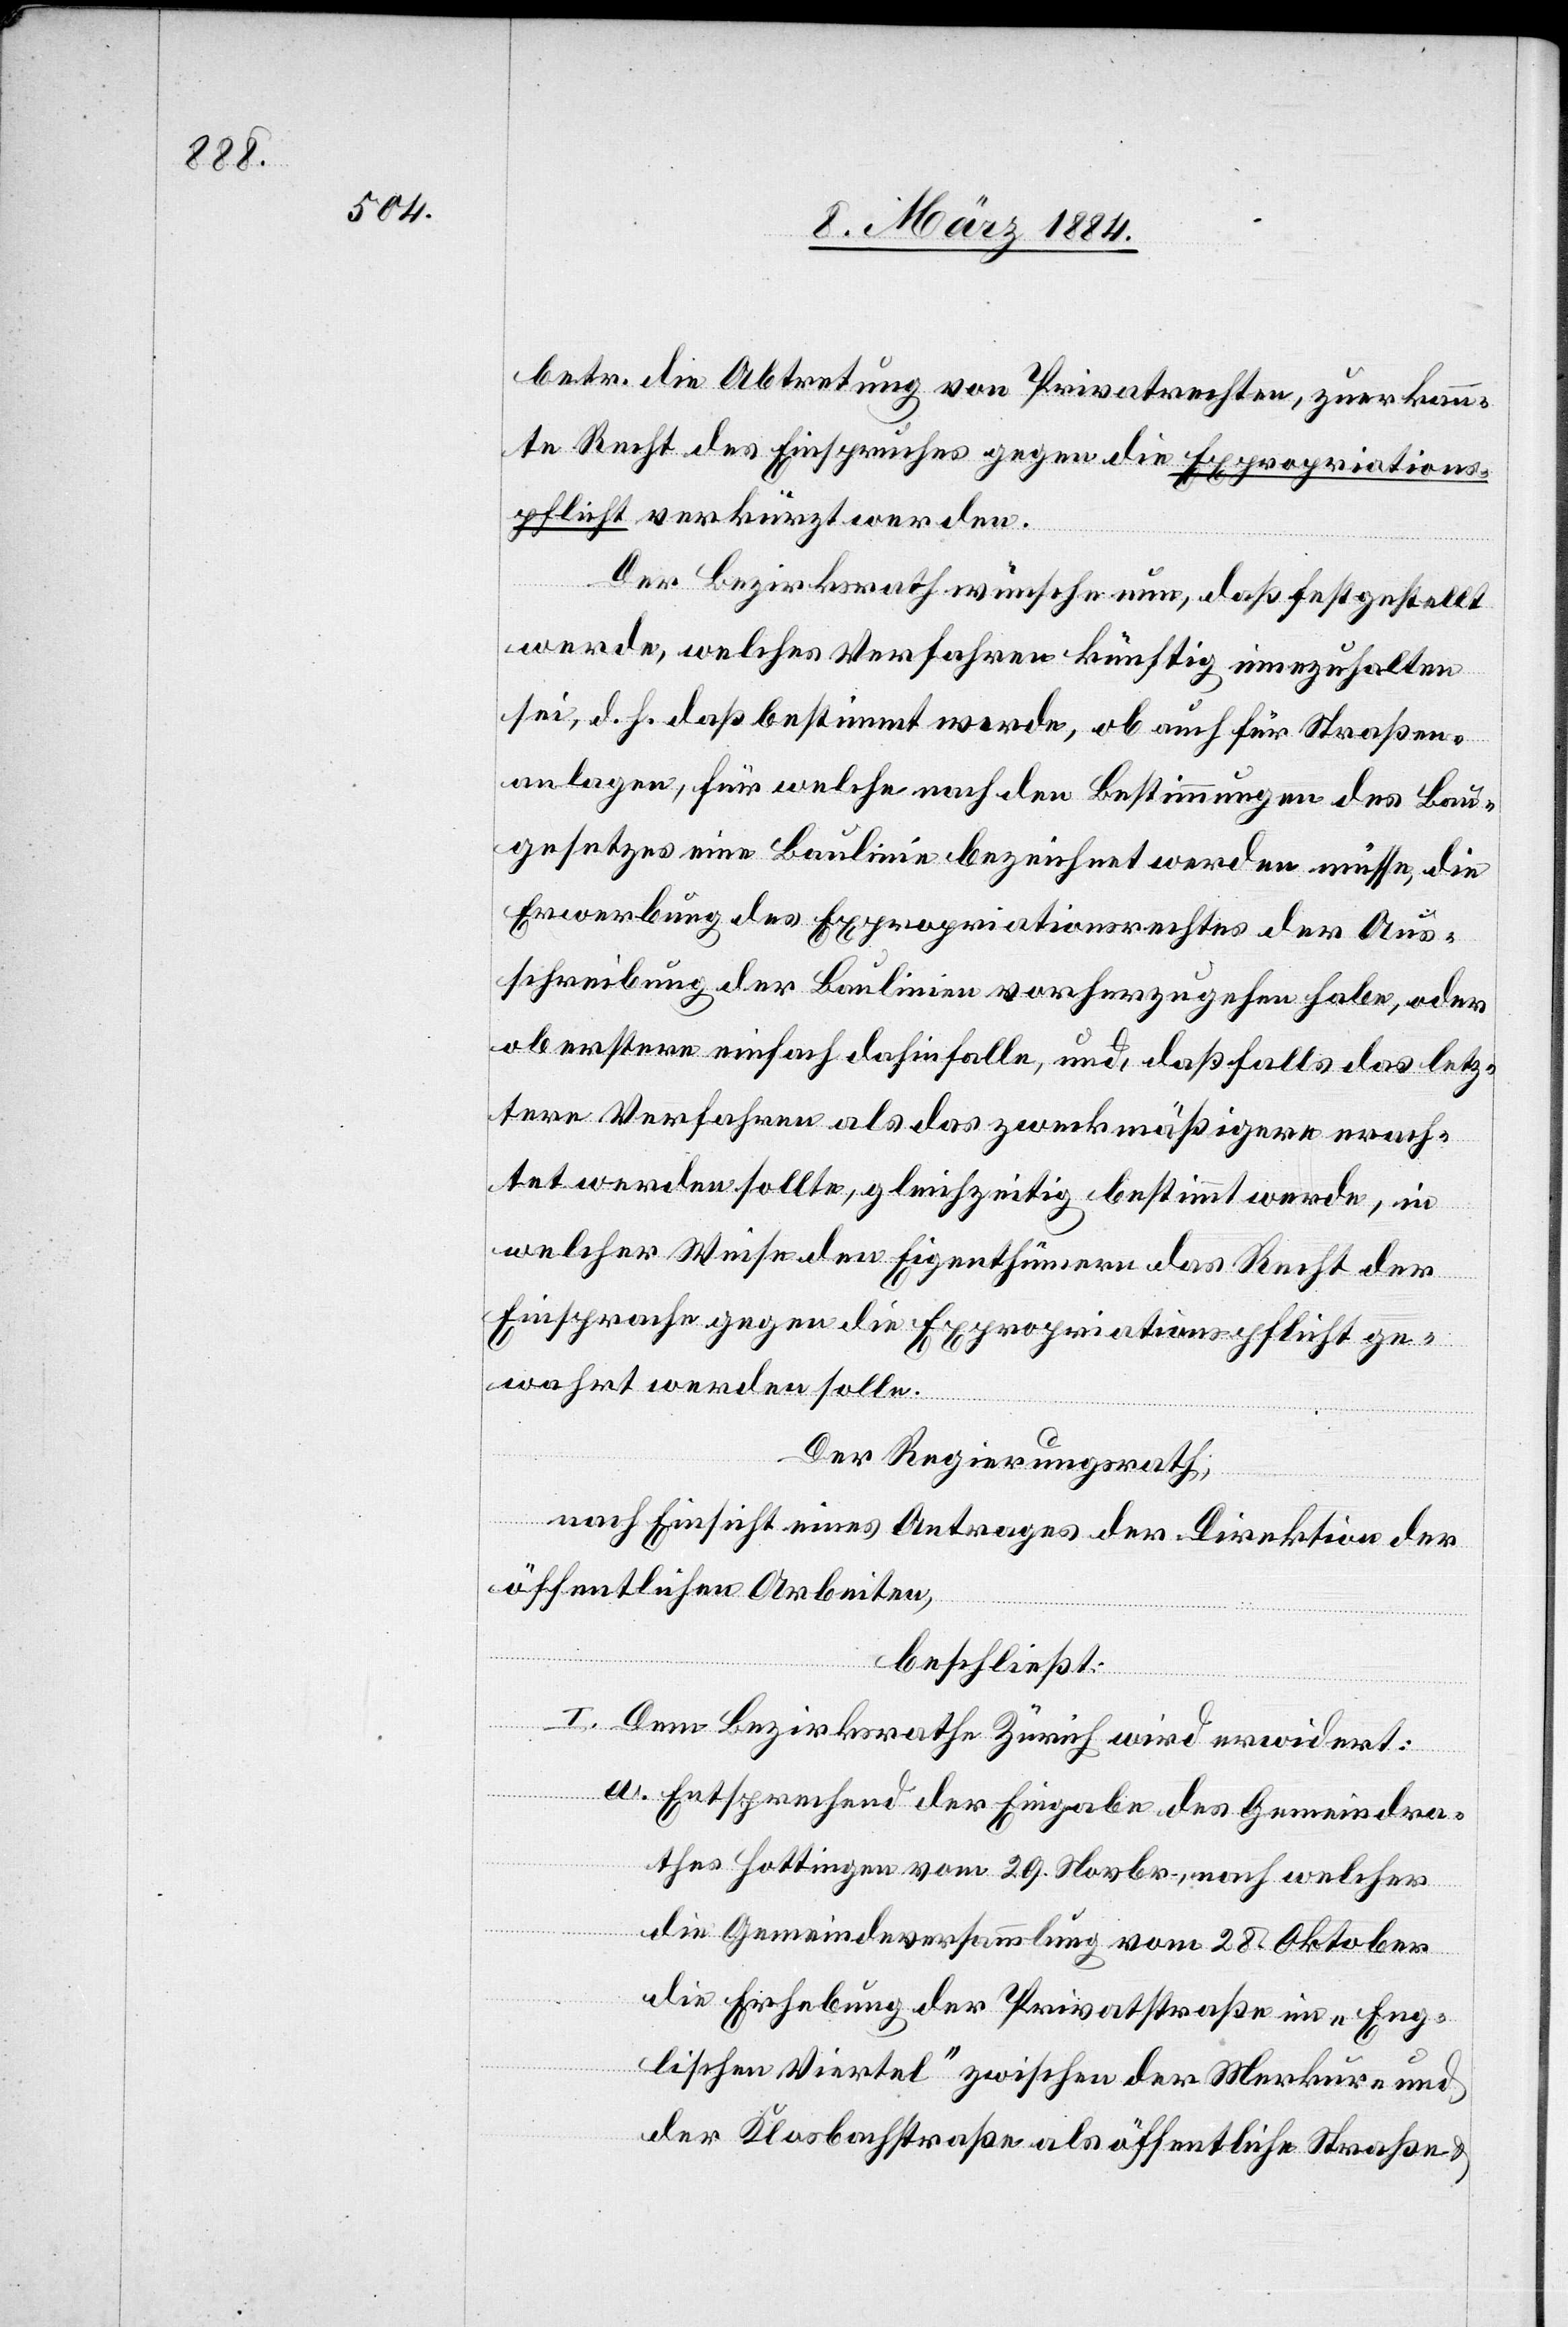
betr. die Abtretung von Privatrechten, zuerkann¬
te Recht des Einspruches gegen die Expropriations¬
pflicht verkürzt werden.
Der Bezirksrath wünsche nun, daß festgestellt
werde, welches Verfahren künftig innezuhalten
sei, d. h. daß bestimmt werde, ob auch für Straßen¬
anlagen, für welche nach den Bestimmungen des Bau¬
gesetzes eine Baulinie bezeichnet werden müsse, die
Erwerbung des Expropriationsrechtes der Aus¬
schreibung der Baulinie vorherzugehen habe, oder
ob erstere einfach dahinfalle, und, daß falls das letz¬
tere Verfahren als das zweckmäßigere erach¬
tet werden sollte, gleichzeitig bestimmt werde, in
welcher Weise den Eigenthümern das Recht der
Einsprache gegen die Expropriationspflicht ge¬
wahrt werden solle.
Der Regierungsrath,
nach Einsicht eines Antrages der Direktion der
öffentlichen Arbeiten,
beschließt:
I. Dem Bezirksrathe Zürich wird erwidert:
a. Entsprechend der Eingabe des Gemeindra¬
thes Hottingen vom 29. Novbr., nach welcher
die Gemeindeversammlung vom 28. Oktober
die Erhebung der Privatstraße im „Eng¬
lischen Viertel“ zwischen der Merkur- und
der Klosbachstraße als öffentliche Straßen &